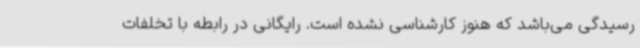
رسیدگی می‌باشد که هنوز کارشناسی نشده است. رایگانی در رابطه با تخلفات